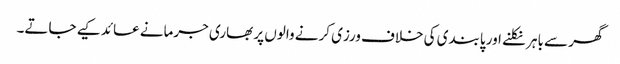
گھر سے باہر نکلنے اور پابندی کی خلاف ورزی کرنے والوں پر بھاری جرمانے عائد کیے جاتے۔